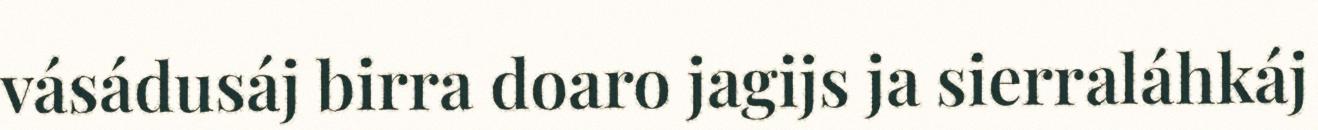
vásádusáj birra doaro jagijs ja sierraláhkáj